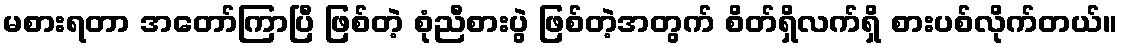
မစားရတာ အတော်ကြာပြီ ဖြစ်တဲ့ စုံညီစားပွဲ ဖြစ်တဲ့အတွက် စိတ်ရှိလက်ရှိ စားပစ်လိုက်တယ်။